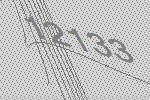
12133